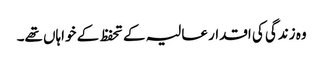
وہ زندگی کی اقدار عالیہ کے تحفظ کے خواہاں تھے۔